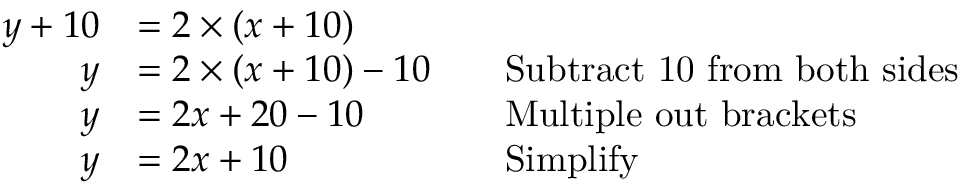
{ \begin{array} { r l r l } { y + 1 0 } & { = 2 \times ( x + 1 0 ) } \\ { y } & { = 2 \times ( x + 1 0 ) - 1 0 } & & { { \mathrm { S u b t r a c t ~ 1 0 ~ f r o m ~ b o t h ~ s i d e s } } } \\ { y } & { = 2 x + 2 0 - 1 0 } & & { { \mathrm { M u l t i p l e ~ o u t ~ b r a c k e t s } } } \\ { y } & { = 2 x + 1 0 } & & { { \mathrm { S i m p l i f y } } } \end{array} }